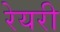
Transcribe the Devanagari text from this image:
रेयरी